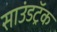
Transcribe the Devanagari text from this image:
साउंडट्रॅक